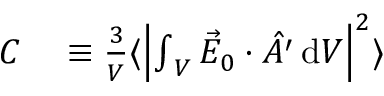
\begin{array} { r l } { C } & { { } \equiv \frac { 3 } { V } \langle \left\vert { \int } _ { V } \, \vec { E } _ { 0 } \cdot \hat { A ^ { \prime } } \, \mathrm { d } V \right\vert ^ { 2 } \rangle } \end{array}